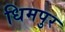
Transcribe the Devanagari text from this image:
धिमपुर